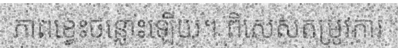
ភាពខ្វេះចន្លោះឡើយ។ ពិសេសតម្រូវការ